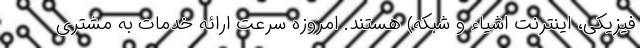
فیزیکی، اینترنت اشیاء و شبکه) هستند. امروزه سرعت ارائه خدمات به مشتری